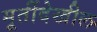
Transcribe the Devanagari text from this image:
मूर्तीदेखील